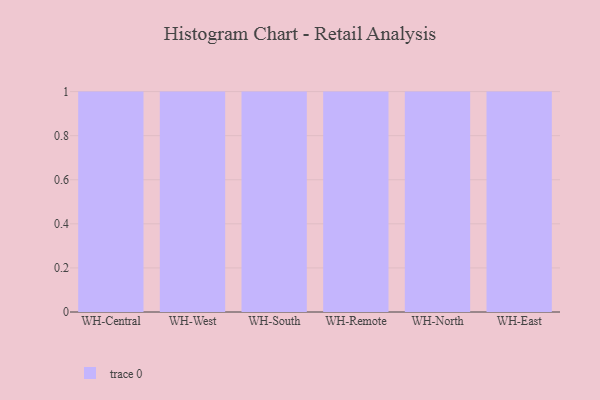
{"axis": {"x": "Warehouse", "y": "Backlog"}, "legend": [""], "data": [{"x": "WH-Central", "y": 30, "type": ""}, {"x": "WH-West", "y": 90, "type": ""}, {"x": "WH-South", "y": 91, "type": ""}, {"x": "WH-Remote", "y": 77, "type": ""}, {"x": "WH-North", "y": 88, "type": ""}, {"x": "WH-East", "y": 55, "type": ""}]}